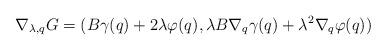
LaTeX: \begin{align*}\nabla_{\lambda,q}G=(B\gamma(q)+2\lambda\varphi(q),\lambda B\nabla_{q}\gamma(q)+\lambda^{2}\nabla_{q}\varphi(q))\end{align*}